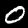
Label: 0